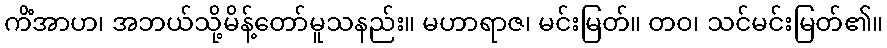
ကိံအာဟ၊ အဘယ်သို့မိန့်တော်မူသနည်း။ မဟာရာဇ၊ မင်းမြတ်။ တဝ၊ သင်မင်းမြတ်၏။